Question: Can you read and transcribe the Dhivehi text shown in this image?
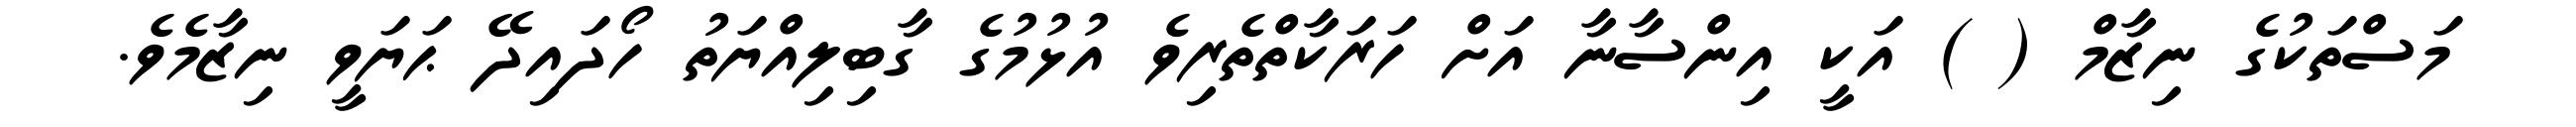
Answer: މަސްތަކުގެ ނިޒާމް ( ) އަކީ އިންސާނާ އަށް ހަރަކާތްތެރިވެ އުޅުމުގެ ގާބިލިއްޔަތު ހޯދައިދޭ ޙަޔަވީ ނިޒާމެވެ.